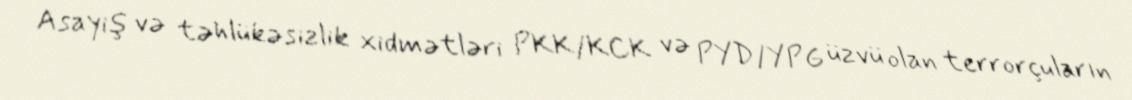
Asayiş və təhlükəsizlik xidmətləri PKK/KCK və PYD/YPG üzvü olan terrorçuların